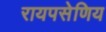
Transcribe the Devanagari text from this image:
रायपसेणिय